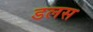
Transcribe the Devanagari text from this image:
डलस